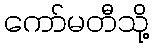
ကော်မတီသို့